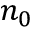
n _ { 0 }